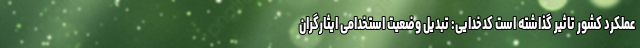
عملکرد کشور تاثیر گذاشته است کدخدایی: تبدیل وضعیت استخدامی ایثارگران